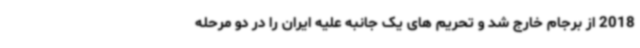
2018 از برجام خارج شد و تحریم های یک جانبه علیه ایران را در دو مرحله